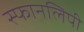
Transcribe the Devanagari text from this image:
स्फानलिपी